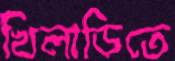
খিলাড়িতে